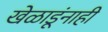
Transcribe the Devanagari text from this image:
खेळाडूंनाही